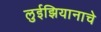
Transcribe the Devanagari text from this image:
लुईझियानाचे